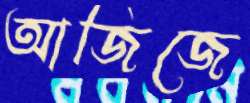
আজিজে